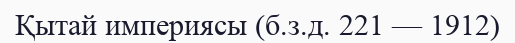
Қытай империясы (б.з.д. 221 — 1912)